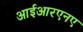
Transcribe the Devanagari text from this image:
आईआरएनए